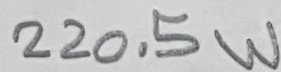
Text: 220.5W